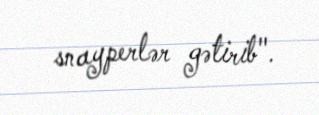
snayperlər gətirib".